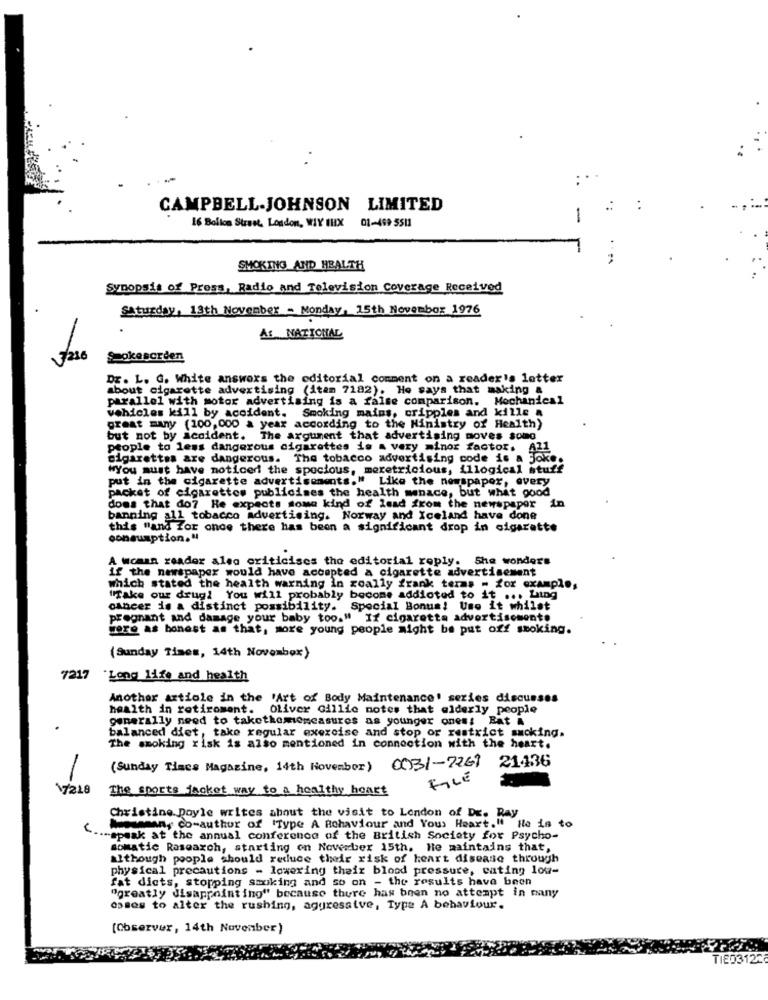
CAMPBELL-JOHNSON LIMITED
-
16 Bollon Street, London, WHY CHX 01-499 5513
SMOKING AND HEALTH
Synopsis of Press, Radio and Television Coverage Received
Saturday, 13th November - Monday, 15th November 1976
As NATIONAL
216
Sokesorden
DE. L. G. White answers the editorial comment on a reader's letter
about cigarette advertising (itam 7182). He says that making &
parallel with motor advertising is a false comparison. Mechanical
vehicles kill by accident. Smoking mains, cripples and kille a
great many (100,000 a year according to the Ministry of Health)
but not by accident. The argument that advertising moves somo
people to less dangerous cigarettes is A very minor factor.
cigarettes are dangerous. The tobacco advertising code is a
"You must have noticed! the spacious, meretricious, illogical stuff
put in the cigarette advertisements." Like the newspaper, every
packet of cigarettes publicises the health menace, but what good
does that do7 He expects some kind of lead from the newspaper in
banning all tobacco advertising. Norway and Xceland have done
this "and for once there has been a significant drop in cigarette
consumption."
A Woman reader also criticises the editorial reply. Sha wonders
if the newspaper would have accepted a cigarette advertisement
which stated the health warning in zoally frank terms - for example,
"Take our drugi You will probably become addicted to it ... Lung
cancer is a distinct possibility. Special Bonus! Uno it whilst
pregnant and damage your baby too." If cigaretta advertisement.
were as bonest as that, more young people might be put off smoking.
(Sunday Times, 14th November)
7217
"Long life and health
Another artiole in the 'Art of Body Maintenance' series discusses
health in retiroment. Oliver Gillie notes that elderly people
generally need to takethememeasures as younger ones; Bat &
balanced diet, take regular exercise and stop or restrict smoking.
The smoking risk is also mentioned in connection with the heart.
(Sunday Times Magazine, 14th November) 0031-7261 21436
-
FILE
17218
The sports facket way to a healthy heart
Christine. Doyle writes about the visit to London of DE. Pay
Amongmany co-author of "Type A Behaviour and You Heart." He is to
---- speak at the annual conference of the British Society for Psycho-
somatic Rasearch, starting on Noweaber 15th, He maintains that,
although people should reduce their risk of heart disease through
physical precautions - lowering their blood pressure, cating low-
fat dicts, stopping smoking and so on - the results have been
"greatly disappointing" because there has been no attempt in many
ossos to alter the rushing, aggressive, Type A behaviour.
(Observer, 14th November)
TIED3122